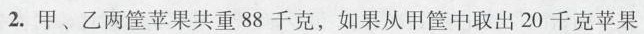
2. 甲、乙两筐苹果共重88千克，如果从甲筐中取出20千克苹果